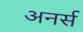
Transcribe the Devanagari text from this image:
अनर्स